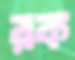
রক